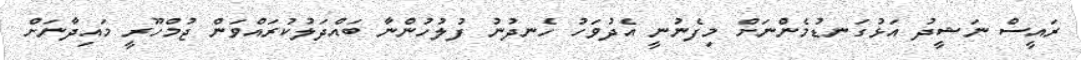
ރައީސް ނަޝީދު އަޅުގަނޑުމެންނަށް މިފެނުނީ އެދުވަހު ހެނދުނު ފުލުހުންނާ ބައްދަލުކުރައްވަން ޖުމްހޫރީ މައިދާނަށް